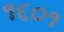
૧૬૦૧